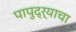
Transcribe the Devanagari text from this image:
पापुद्र्याचा